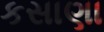
કસાણા